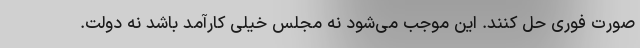
صورت فوری حل کنند. این موجب می‌شود نه مجلس خیلی کارآمد باشد نه دولت.